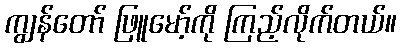
ကျွန်တော် ဖြူမော့်ကို ကြည့်လိုက်တယ်။